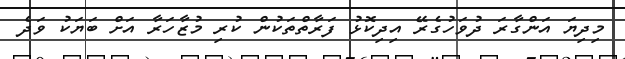
މިދިޔަ އަންގާރަ ދުވަހުގެރޭ އިދިކޮޅު ފަރާތްތަކުން ކުރި މުޒާހަރާ އަށް ބަޔަކު ވަދެ